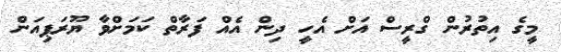
މީގެ އިތުރުން ގްރީސް އަށް އެހީ ދިން އެއް ފަރާތް ކަމަށްވާ ޔޫރަޕިއަން